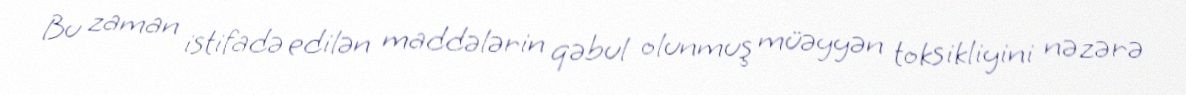
Bu zaman istifadə edilən maddələrin qəbul olunmuş müəyyən toksikliyini nəzərə